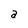
Character: a